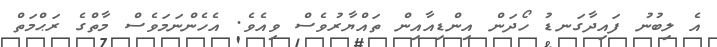
އެ ލިބުނު ފައިދާގަނޑު ހޯދަން އިންޑިއާއިން ތައްޔާރުވެސް ވިއެވެ. އެހެންނަމަވެސް މާތްގެ ރަޙްމަތް